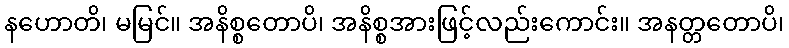
နဟောတိ၊ မမြင်။ အနိစ္စတောပိ၊ အနိစ္စအားဖြင့်လည်းကောင်း။ အနတ္တတောပိ၊